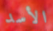
الأسد